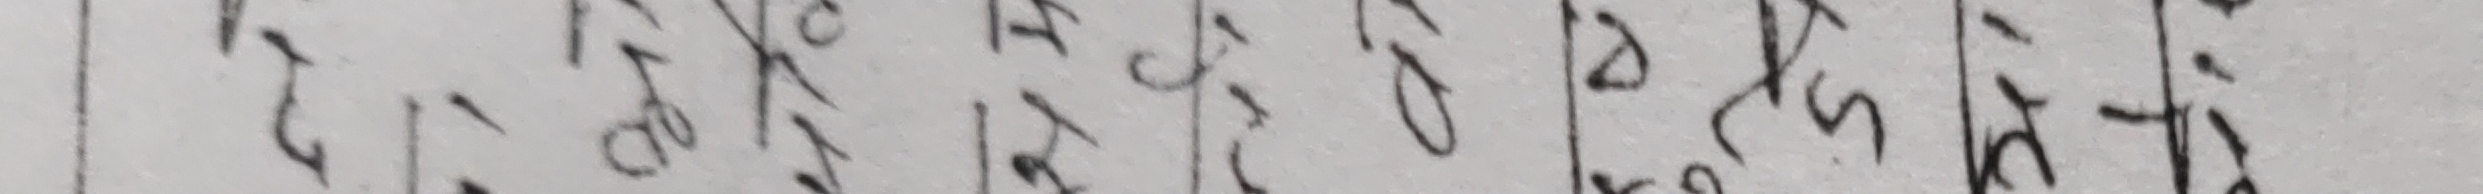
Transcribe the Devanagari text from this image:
१ गोल साल न सरल अ
२ कुट जिमा दाजत बाहा
३ मपस ययक सप क